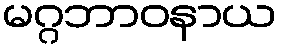
မဂ္ဂဘာဝနာယ